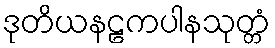
ဒုတိယနဠကပါနသုတ္တံ